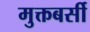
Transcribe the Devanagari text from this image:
मुक्तबर्सी